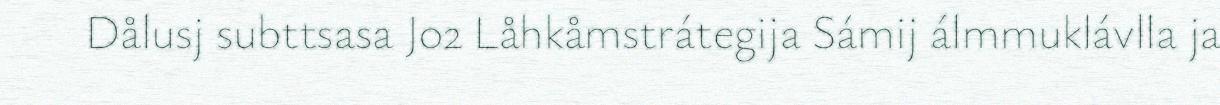
Dålusj subttsasa Jo2 Låhkåmstrátegija Sámij álmmuklávlla ja